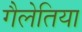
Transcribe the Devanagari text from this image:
गैलेतिया